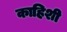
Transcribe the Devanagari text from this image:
काहिशी